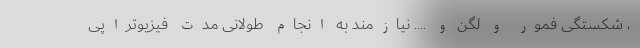
، شکستگی فمور و لگن و .... نیازمند به انجام طولانی مدت فیزیوتراپی